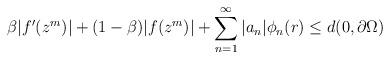
LaTeX: \begin{align*}\beta |f'(z^m)| +(1-\beta)|f(z^m)| + \sum_{n=1}^{\infty}|a_n|\phi_{n}(r) \leq d(0, \partial{\Omega})\end{align*}